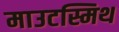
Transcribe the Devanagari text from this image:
माउटस्मिथ